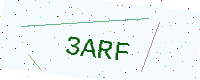
Text: 3ARF